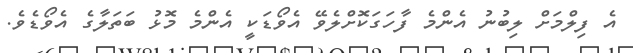
އެ ފިލްމަށް ލިބުނު އެންމެ ފާހަގަކޮށްލެވޭ އެވޯޑަކީ އެންމެ މޮޅު ބަތަލާގެ އެވޯޑެވެ.